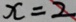
x = 2